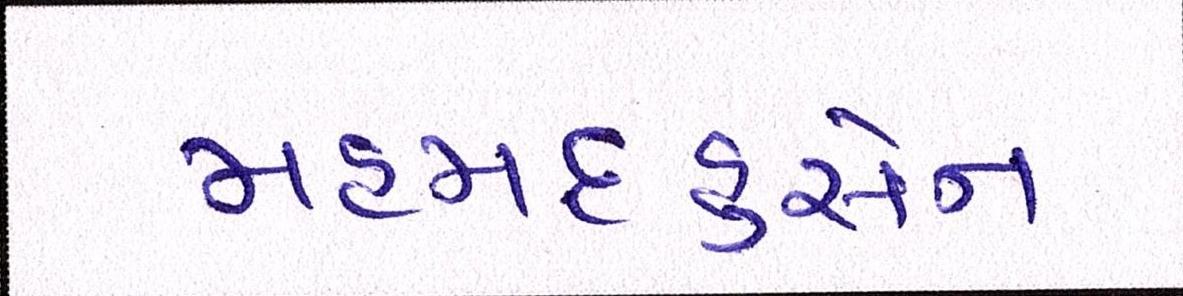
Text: મહમદહુસેન